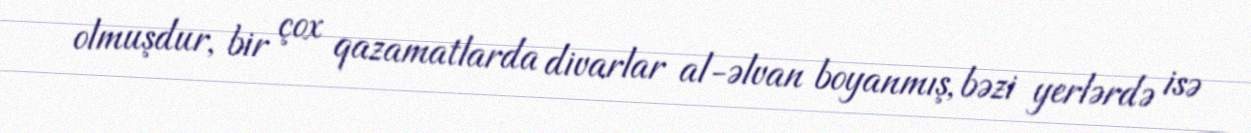
olmuşdur, bir çox qazamatlarda divarlar al-əlvan boyanmış, bəzi yerlərdə isə